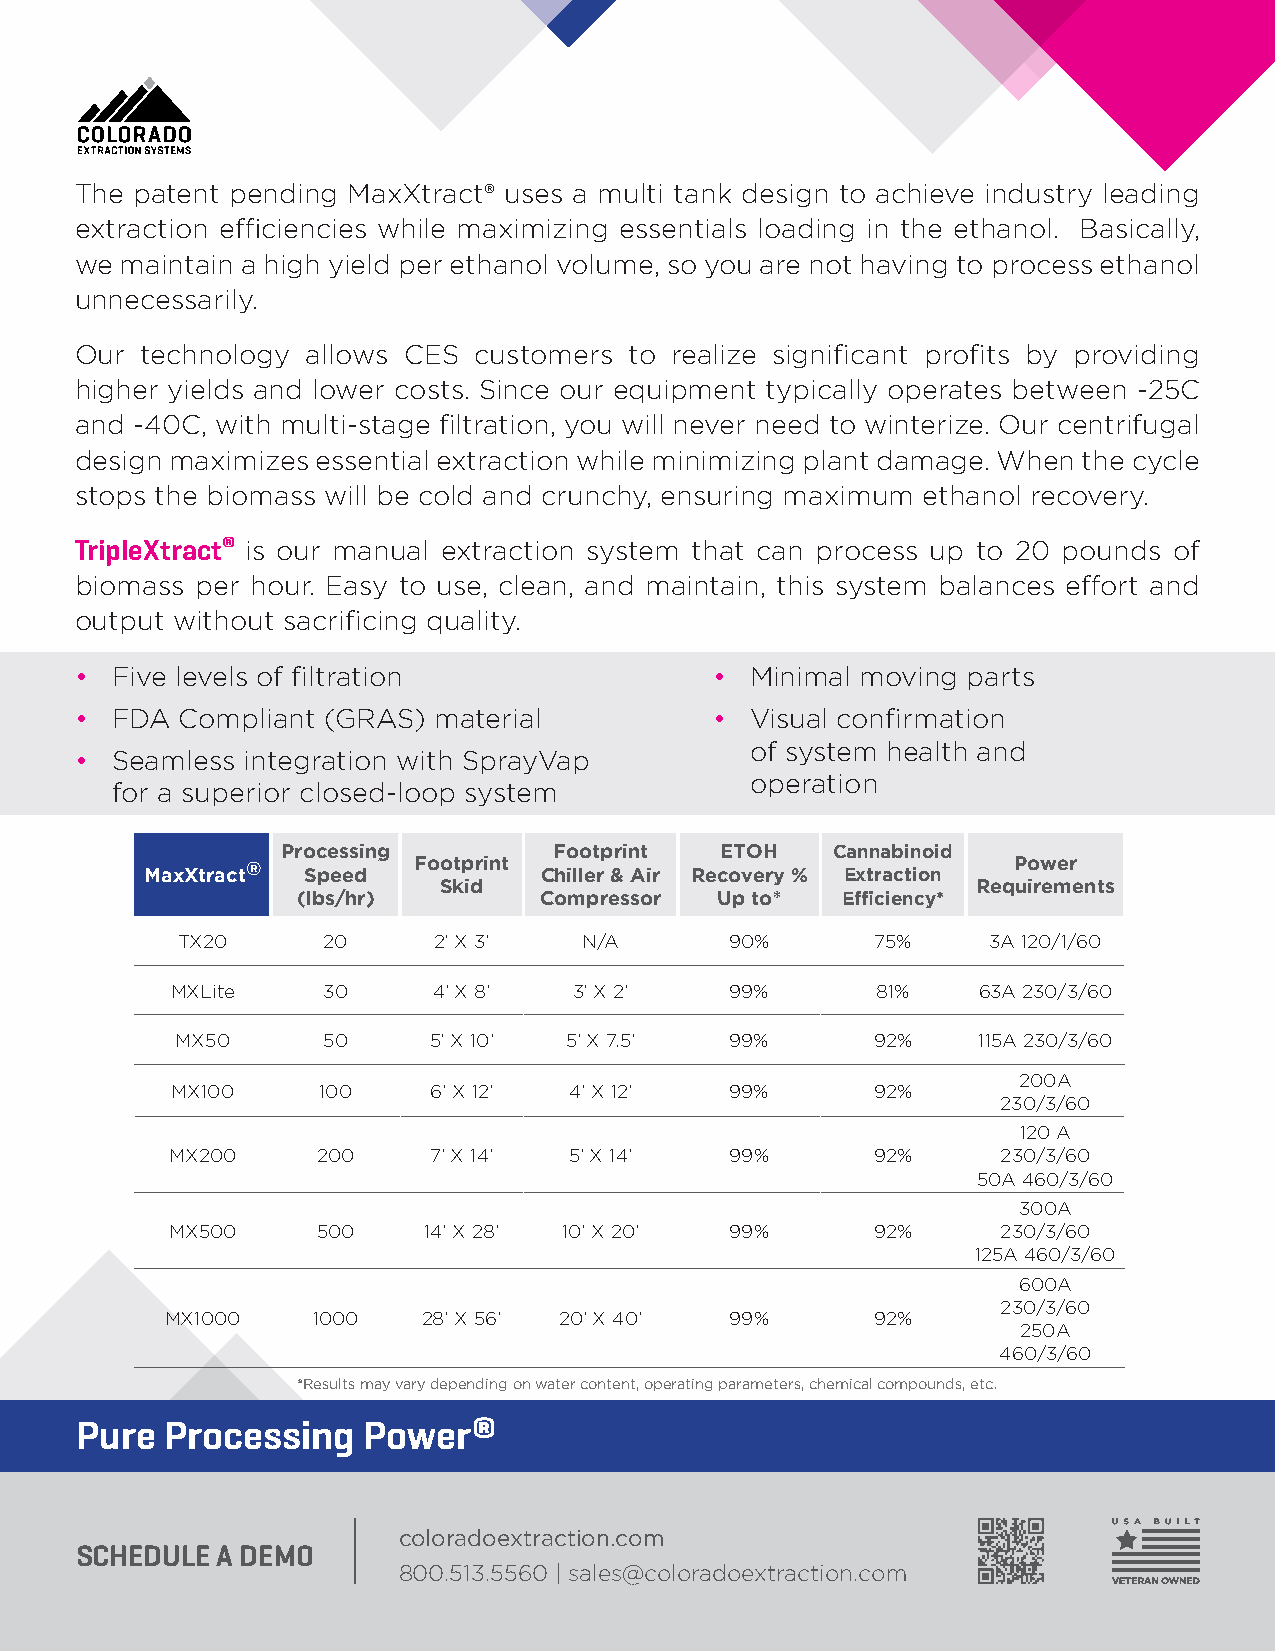
The patent pending MaxXtract® uses a multi tank design to achieve industry leading
 extraction efficiencies while maximizing essentials loading in the ethanol. Basically,
 we maintain a high yield per ethanol volume, so you are not having to process ethanol
 unnecessarily.
 Our technology allows CES customers  to realize significant profits by providing
 higher yields and lower costs. Since our equipment typically operates between -25C
 and -40C, with multi-stage filtration, you will never need to winterize. Our centrifugal
 design maximizes essential extraction while minimizing plant damage. When the cycle
 stops the biomass will be cold and crunchy, ensuring maximum ethanol recovery.
 TripleXtract® is our manual extraction system that can process up to 20 pounds of
 biomass per hour. Easy to use, clean, and maintain, this system balances effort and
 output without sacrificing quality.
 • Five levels of filtration               •  Minimal moving parts
 • FDA  Compliant (GRAS) material          •  Visual confirmation
 of system health and
 • Seamless integration with SprayVap
 operation
 for a superior closed-loop system
 Processing        Footprint  ETOH   Cannabinoid
 MaxXtract® Speed Footprint Chiller & Air Recovery % Extraction Power
 Skid                                Requirements
 (lbs/hr)        Compressor Up to*   Efficiency*
 TX20     20      2’ X 3’   N/A      90%       75%     3A 120/1/60
 MXLite    30      4’ X 8’  3’ X 2’   99%       81%    63A 230/3/60
 MX50     50     5’ X 10’ 5’ X 7.5’  99%       92%    115A 230/3/60
 200A
 MX100     100    6’ X 12’  4’ X 12’  99%       92%
 230/3/60
 120 A
 MX200     200    7’ X 14’  5’ X 14’  99%       92%     230/3/60
 50A 460/3/60
 300A
 MX500     500    14’ X 28’ 10’ X 20’ 99%       92%     230/3/60
 125A 460/3/60
 600A
 230/3/60
 MX1000    1000   28’ X 56’ 20’ X 40’ 99%       92%
 250A
 460/3/60
 *Results may vary depending on water content, operating parameters, chemical compounds, etc.
 Pure  Processing   Power®
 coloradoextraction.com
 SCHEDULE A DEMO
 800.513.5560 | sales@coloradoextraction.com